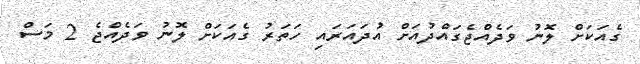
ގެއަކަށް ލޮނު ވަދެއްޖެގައްދުއަށް އުދައަރައި ހަތަރު ގެއަކަށް ލޮނު ވަދެއްޖެ 2 މަސް